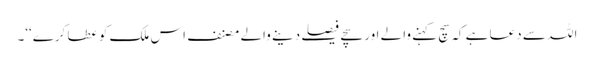
اللہ سے دعا ہے کہ سچ کہنے والے اور سچے فیصلے دینے والے مصنف اس ملک کو عطا کرے‘‘۔